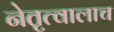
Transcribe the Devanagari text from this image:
नेतृत्वालाच